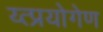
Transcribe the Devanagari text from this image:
य्त्प्रयोगेण